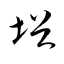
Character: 﨏